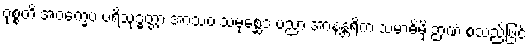
ဝုစ္စတိ အဝက္ခေပ ပရိသုဒ္ဓတ္တာ အာသဝ သမုစ္ဆေဒ ပညာ အာနန္တရိက သမာဓိမှိ ဉာဏံ စသည်ဖြင့်